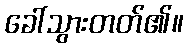
ခေါ်သွားတတ်၏။